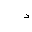
Letter: _dal